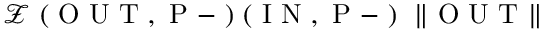
\mathcal { Z } \mathrm { ~ ( ~ O ~ U ~ T ~ , ~ P ~ - ~ ) ~ ( ~ I ~ N ~ , ~ P ~ - ~ ) ~ } \; \| \mathrm { ~ O ~ U ~ T ~ } \|